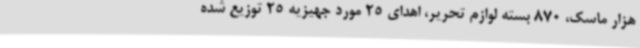
هزار ماسک، 870 بسته لوازم تحریر، اهدای 25 مورد جهیزیه 25 توزیع شده